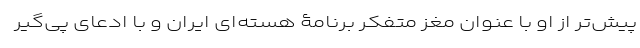
پیش‌تر از او با عنوان مغز متفکر برنامۀ هسته‌ای ایران و با ادعای پی‌گیر